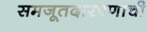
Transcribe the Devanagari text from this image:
समजूतदारपणाची